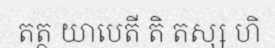
តត្ថ យាបេតី តិ តស្ស ហិ